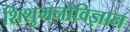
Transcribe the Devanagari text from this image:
शिशुमनोविज्ञान